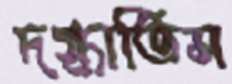
দগ্ধাতিস